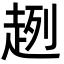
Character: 趔